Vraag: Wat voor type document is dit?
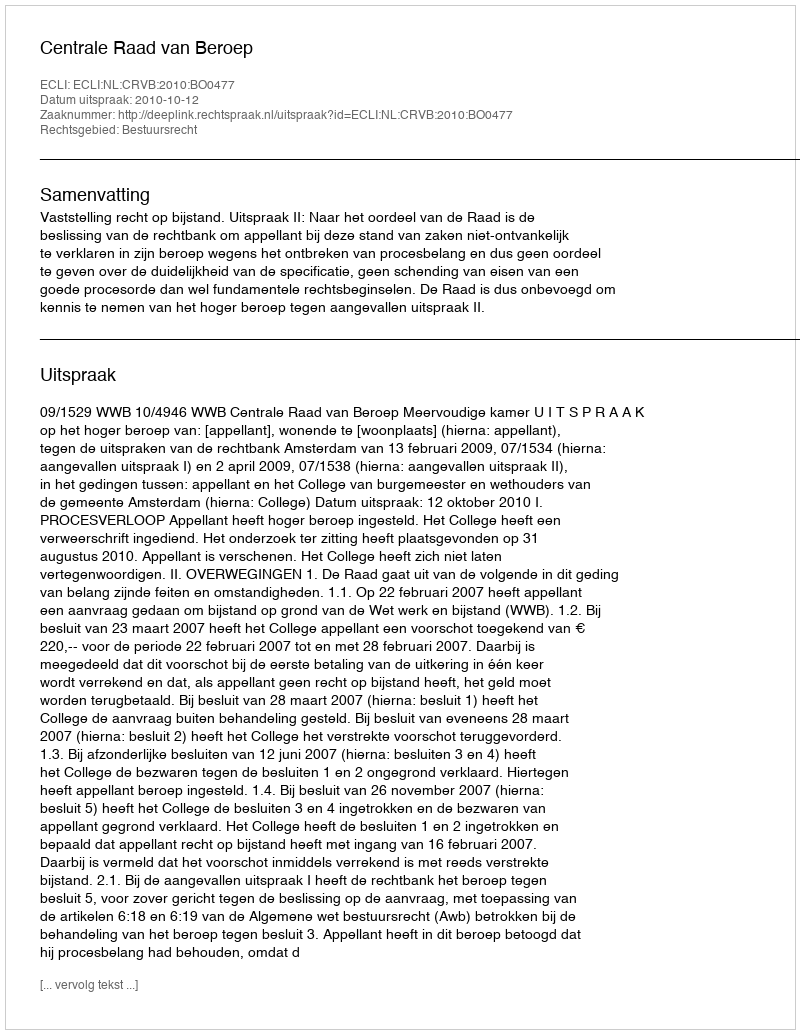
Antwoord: Uitspraak